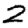
Digit: 2